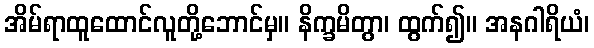
အိမ်ရာထူထောင်လူတို့ဘောင်မှ။ နိက္ခမိတွာ၊ ထွက်၍။ အနဂါရိယံ၊